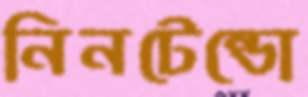
নিনটেন্ডো